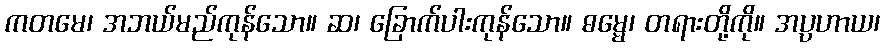
ကတမေ၊ အဘယ်မည်ကုန်သော။ ဆ၊ ခြောက်ပါးကုန်သော။ ဓမ္မေ၊ တရားတို့ကို။ အပ္ပဟာယ၊